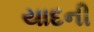
યાદની